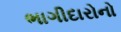
ભાગીદારોનો